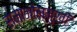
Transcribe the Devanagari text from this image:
समाजोन्मुखी